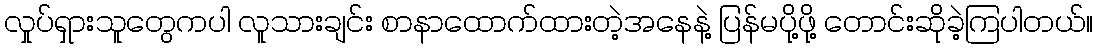
လှုပ်ရှားသူတွေကပါ လူသားချင်း စာနာထောက်ထားတဲ့အနေနဲ့ ပြန်မပို့ဖို့ တောင်းဆိုခဲ့ကြပါတယ်။